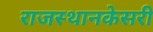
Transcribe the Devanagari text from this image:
राजस्थानकेसरी